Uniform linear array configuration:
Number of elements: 12
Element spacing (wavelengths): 0.25
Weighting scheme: cosine
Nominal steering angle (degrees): -60
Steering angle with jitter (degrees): -60.591
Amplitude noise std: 0.05
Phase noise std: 0.05

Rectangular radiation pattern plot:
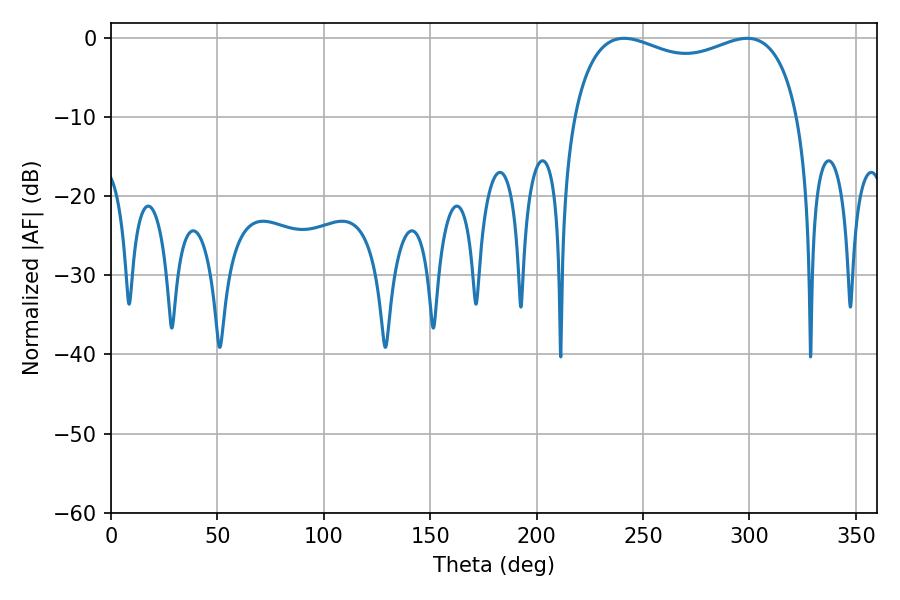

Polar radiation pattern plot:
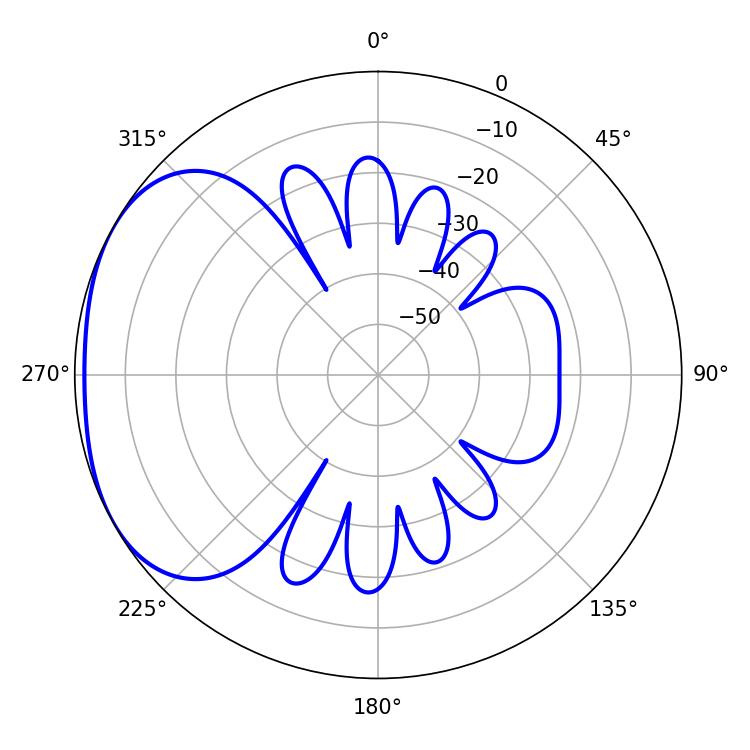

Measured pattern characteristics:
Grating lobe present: FALSE
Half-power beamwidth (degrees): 87.48
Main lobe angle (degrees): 298.98